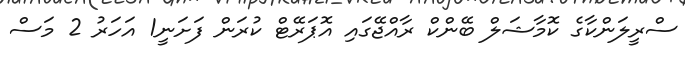
ސްރީލަންކާގެ ކޮމާޝަލް ބޭންކް ރާއްޖޭގައި އޮޕަރޭޓް ކުރަން ފަށަނީ1 އަހަރު 2 މަސް